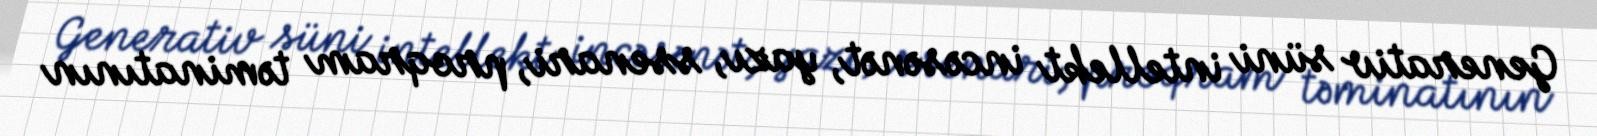
Generativ süni intellekt incəsənət, yazı, ssenari, proqram təminatının